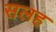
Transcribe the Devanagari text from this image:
सलह